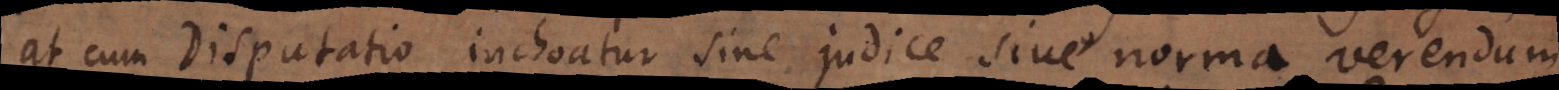
at cum Disputatio inchoatur sine judice sive norma verendum